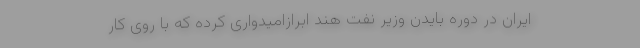
ایران در دوره بایدن وزیر نفت هند ابرازامیدواری کرده که با روی کار